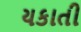
યકાતી